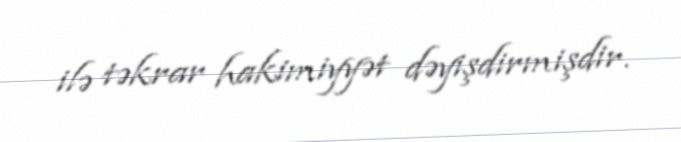
ilə təkrar hakimiyyət dəyişdirmişdir.